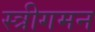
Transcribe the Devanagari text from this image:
स्त्रीगमन